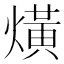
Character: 熿